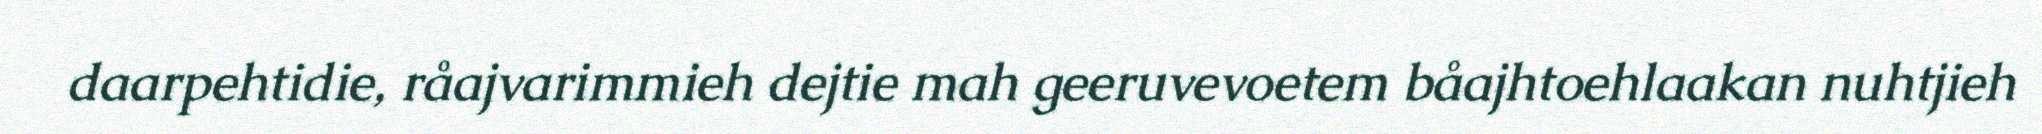
daarpehtidie, råajvarimmieh dejtie mah geeruvevoetem båajhtoehlaakan nuhtjieh